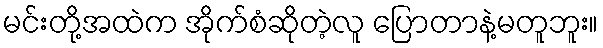
မင်းတို့အထဲက အိုက်စံဆိုတဲ့လူ ပြောတာနဲ့မတူဘူး။